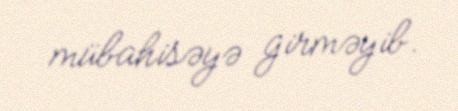
mübahisəyə girməyib.